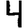
Digit: 4